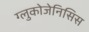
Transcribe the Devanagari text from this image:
ग्लुकोजेनिसिस